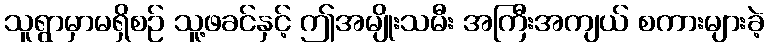
သူရွာမှာမရှိစဉ် သူ့ဖခင်နှင့် ဤအမျိုးသမီး အကြီးအကျယ် စကားများခဲ့